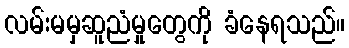
လမ်းမမှဆူညံမှုတွေကို ခံနေရသည်။